Suure-Kopu_vallavalitsus, lk 69
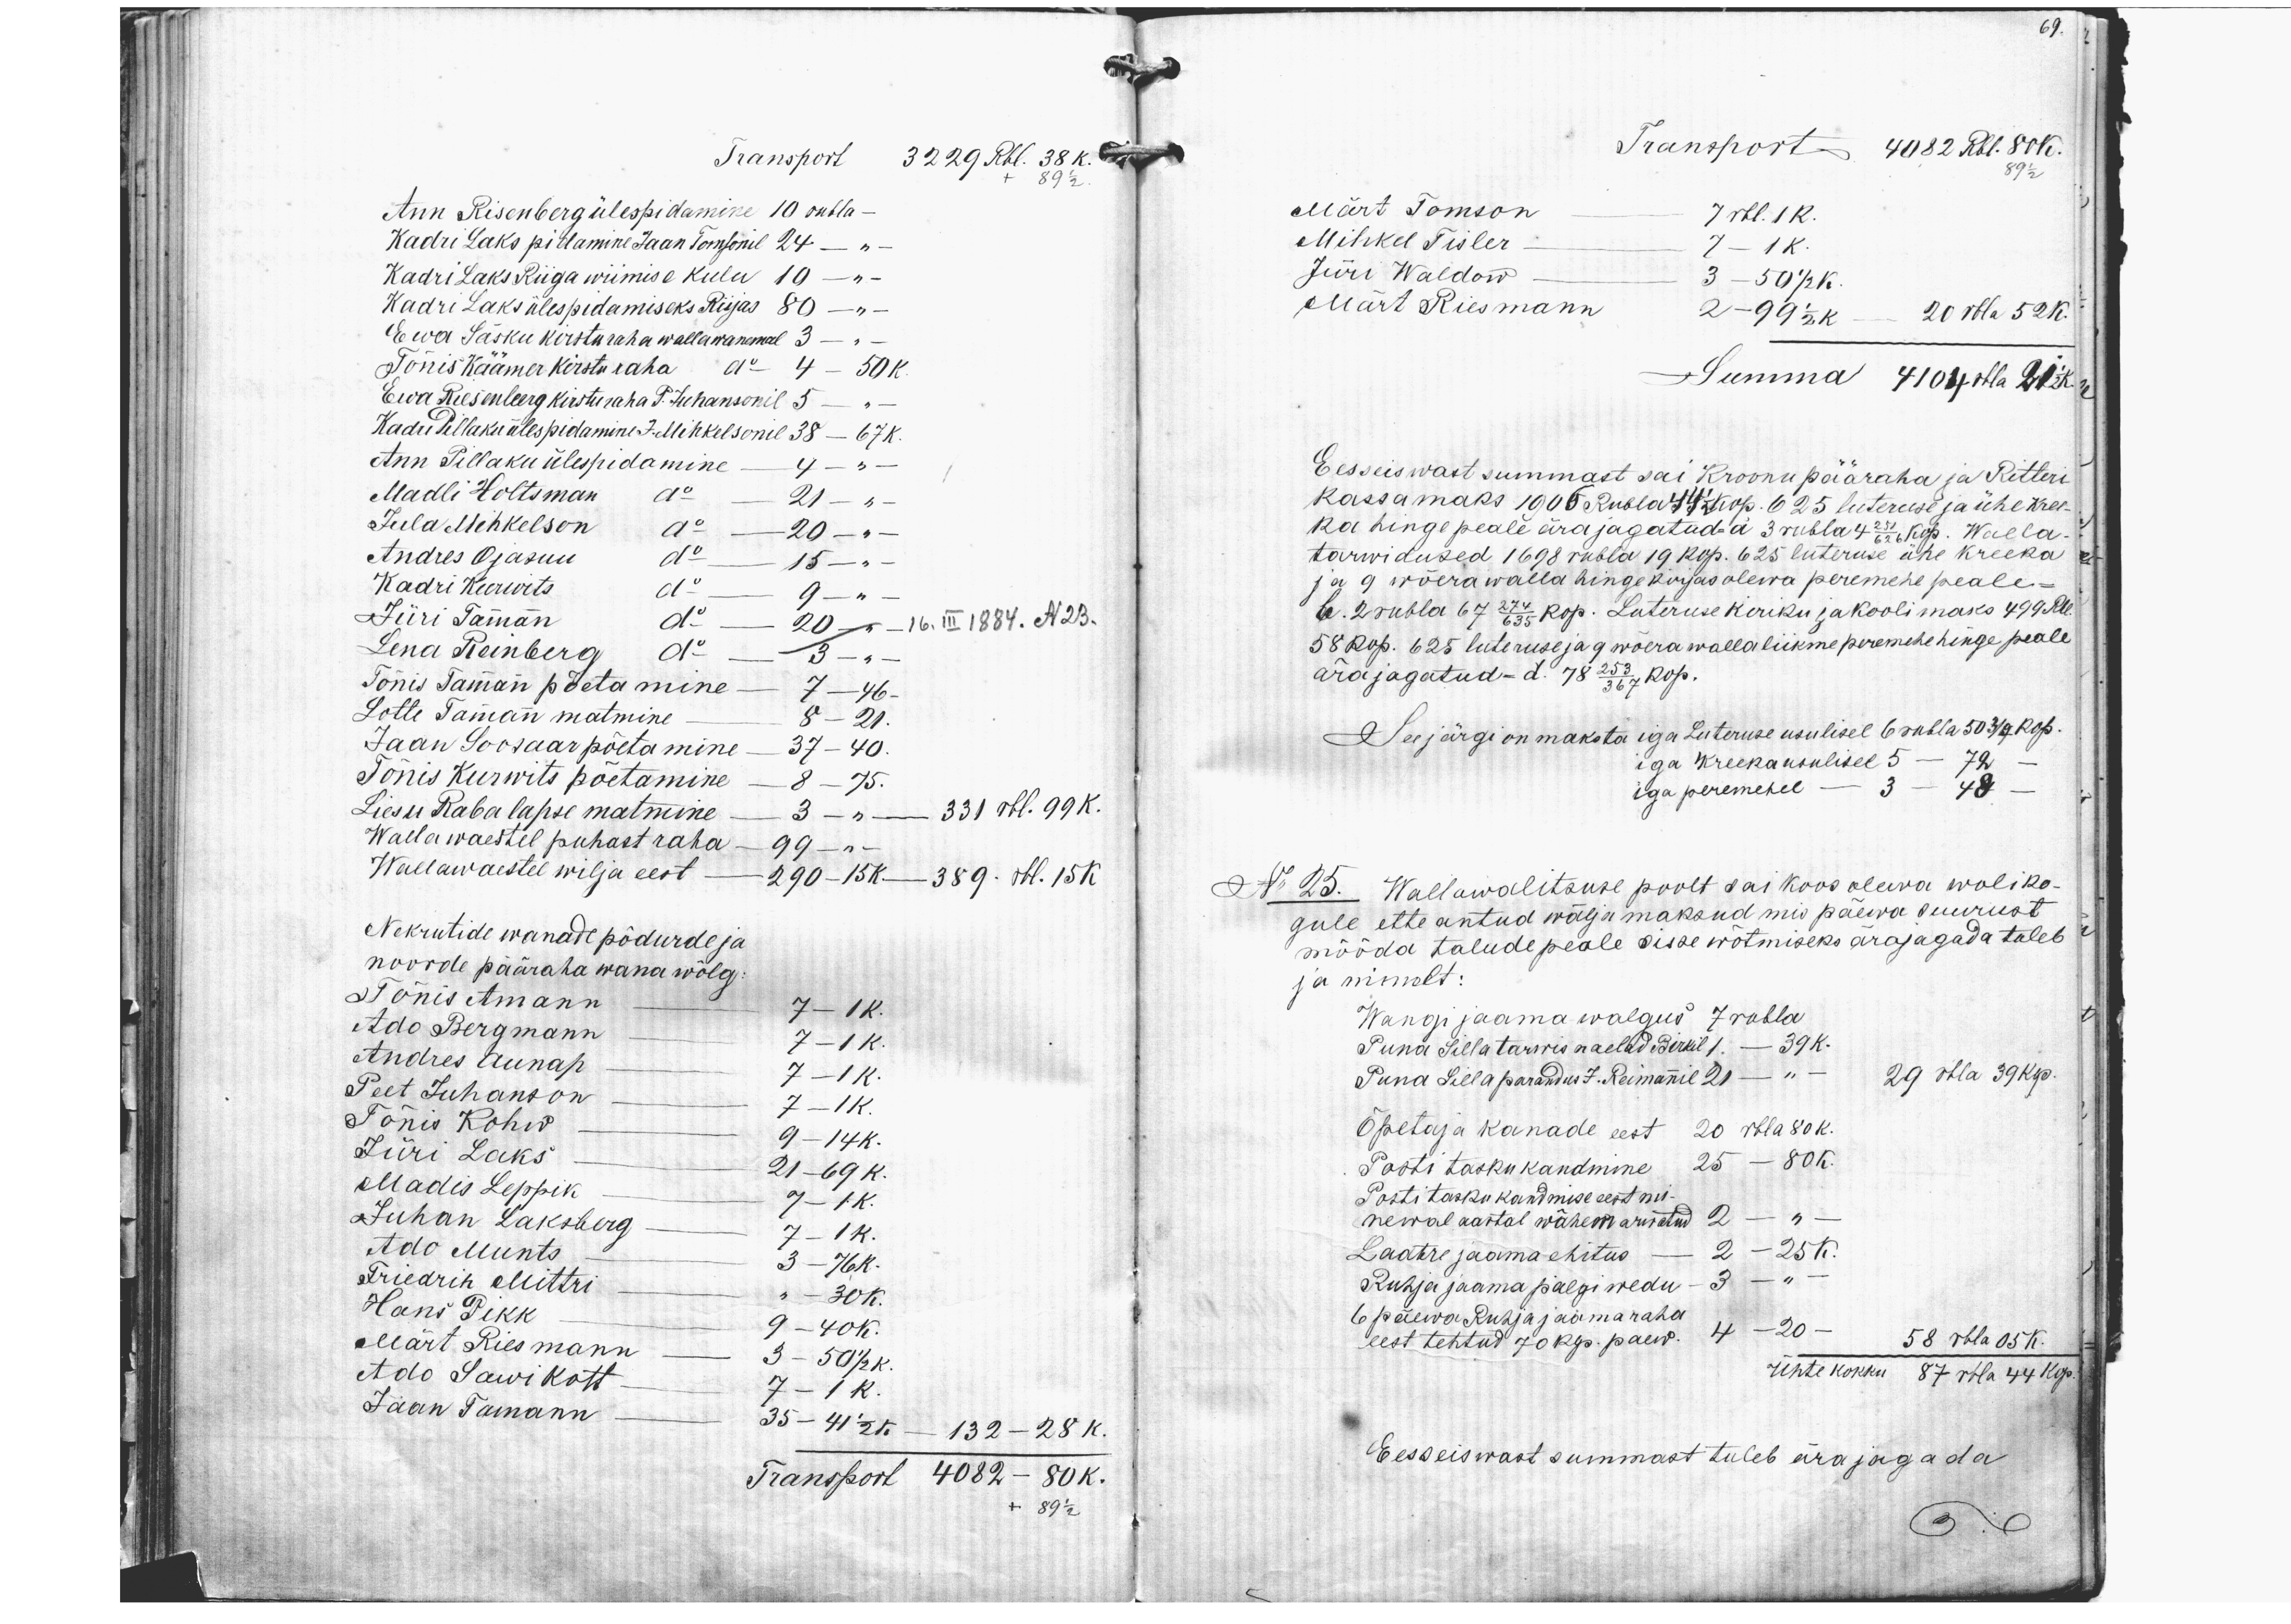
69.

Transport 3229 Rbl. 38 k.
89 1/2.
Ann Risenberg ülespidamine 10 rubla-
Kadri Laks pidamine Jaan Tomsonil 24 - " -
Kadri Laks Riiga wiimise kulu 10 - " -
Kadri Laks ülespidamiseks Rijas 80 - " -
Ewa Säsku kirsturaha wallawanemal 3 - " -
Tõnis Käämer kirsturaha "  4 - 50 k.
Ewa Riesenberg kirsturaha P. Juhansonil 5 - " -
Kadri Pillaku ülespidamine J. Mihkelsonil 38 - 67 k.
Ann Pillaku ülespidamine - 4 - " -
Madli Holtsman " - 21 - " -
Jula Mihkelson " 20 - " -
Andres Ojasuu  " 2 - 15 - " -
Kadri Keerwits " 9 - " -
Jüri Tammann "  20 - " - 16. III 1884. N 23.
Lena Temberg "  3- " -
Tõnis Tammann p õetamine - 7 - 46 -
Lotte Tammann matmine    -   8 - 21.
Jaan Soosaar põetamine - 37 - 40.
Tõnis Kurwits põetamine - 8 - 75.
Liesu Raba lapse matmine 3 - " - 331 rbl. 99K.
Wallawaestel puhast raha - 99 - " -
Waelawaestel wilja eest - 2910 -15K.- 389. rbl. 15K.
Nekrutide wanade põdurde ja
noorde pääraha wana wõlg.
Tõnis Amann 7 - 1 K.
Ado Bergmann 7 - 1 K.
Andres Aunap 7 - 1 K.
Peet Juhanson 7 - 1 K.
Tõnis Kohw 9 - 14 K.
Madis Leppik 7 - 1 K.
Jüri Laks 21 - 69 K.
Juhan Laksberg 7 - 1 K.
Ado Munts - 3 - 76 K.
Friedrich Mittri  - 30 K.
Hans Pikk 9 - 40 K
Mart Riesmann - 3 - 50 1/2 K
Ado Sawikott 7 - 1 K
Jaan Tamann - 35 - 41 1/2 K. 132-28 K.
Transport 4082 - 80K.
89 1/2

Transport 408 2 Rbl. 80 k.
89 1/2
Märt Tomson - 7 rbl. 1K.
Mihkel Tisler - 7 - 1 K.
Jüri Waldow - 3 - 50 1/2 K.
Märt Riesmann 2-99 1/2 K. - 20 rbla 52 K.
Summa 4104 rbla 21 1/2 K.
Eesseiswast summast sai Kroonu pääraha ja Ritteri
kassamaks 1906 Rubla 44 1/2 kop. 625 luteruse ja ühe kree-
ka hinge peale ära jagatud à 3 rubla 4 251/626 kop. Walla-
tarwidused 1698 rubla 19 kop. 625 luteruse ühe kreeka
ja 9 wõera walla hingekirjas olewa peremehe peale-
6. 2 rubla 67 274/635 kop. Luteruse kiriku ja kooli maks 499 Rbl.
58 kop. 625 luteruse ja 9 wõera walla liikme peremehe hinge peale
ära jagatud = a. 78 253/367 kop.
See järgi on maksta iga Luteruse usulisel 6 rubla 50 3/4 kop.
iga kreekausulisel 5 - 72 -
iga peremehel - 3 - 48 -
No 25. Wallawalitsuse poolt sai koosolewa woliko-
gule ette antud wälja maksud mis päewa suurust
mööda talude peale sisse wõtmiseks ärajagada tuleb
ja nimelt:
Wangi jaama walgus 7 rubla
Puna Silla tarwis naelad Birkil 1. - 39 k.
Puna Silla parandus J. Reimanil 21 - " - 29 rbla 39 Kp.
Õpetaja kanade eest 25 rbla 80 K.
Posti taskukandmine 25 - 80K.
Posti tasku kandmise eest mi-
newal aastal wähem arwatud 2 - " -
Laatre jaama ehitus -  2 - 25 K.
Ruhja jaama palgi wedu - 3 - " -
6 päewa Ruhja jaama raha
eest tehtud 70 kp. paew 4 - 20 - 58 rbla 05K.
Ühte kokku 87 rbla 44 kop.
Eesseiswast summast tuleb ärajagada,